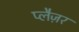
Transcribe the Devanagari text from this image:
प्लैज़र